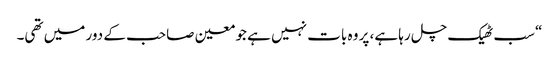
“سب ٹھیک چل رہا ہے، پر وہ بات نہیں ہے جو معین صاحب کے دور میں تھی۔